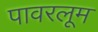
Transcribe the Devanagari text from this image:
पावरलूम